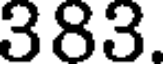
383.